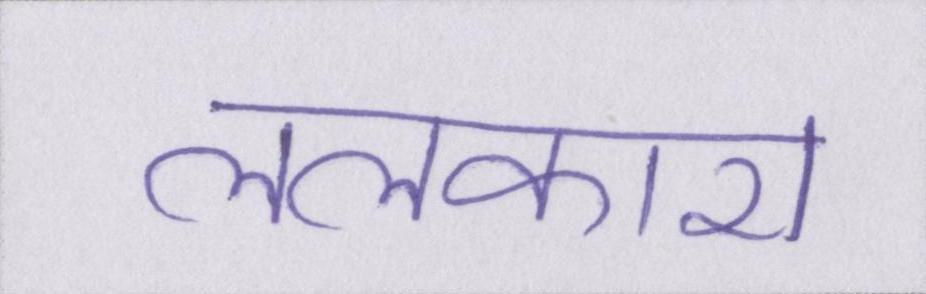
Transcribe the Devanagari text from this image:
ललकारा